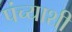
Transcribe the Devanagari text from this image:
पंच्याशी